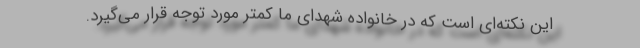
این نکته‌ای است که در خانواده شهدای ما کمتر مورد توجه قرار می‌گیرد.